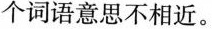
个词语意思不相近。